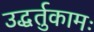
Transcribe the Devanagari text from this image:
उद्धर्तुकामः